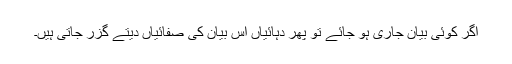
اگر کوئی بیان جاری ہو جائے تو پھر دہائیاں اس بیان کی صفائیاں دیتے گزر جاتی ہیں۔